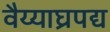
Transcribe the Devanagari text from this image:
वैय्याघ्रपद्य